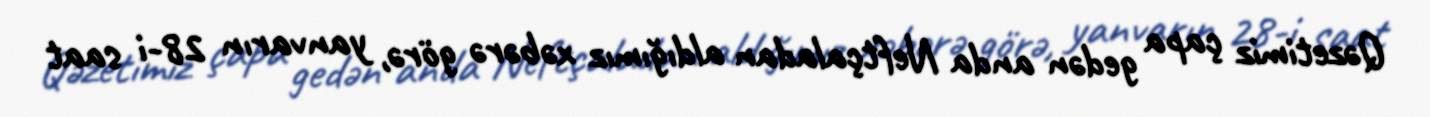
Qəzetimiz çapa gedən anda Neftçaladan aldığımız xəbərə görə, yanvarın 28-i saat